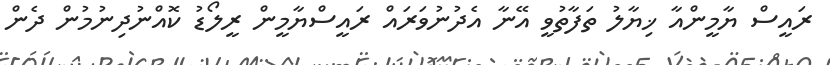
ރައީސް ޔާމީންއާ ޚިޔާލު ތަފާތުވީ އޭނާ އެދުނުވަރައް ރައީސްޔާމީން ރީލޯޑު ކޮއްނުދިނުމުން ދެން